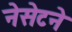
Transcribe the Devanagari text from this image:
नेसेटने